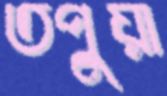
তপুয়া